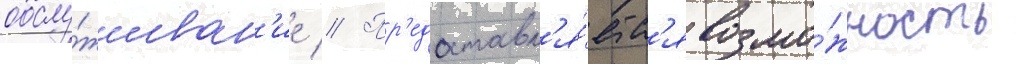
обслу́живан'ие // Пр'едоставл'я́етс'я возмо́жность